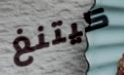
كيتنغ